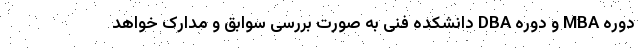
دوره MBA و دوره DBA دانشکده فنی به صورت بررسی سوابق و مدارک خواهد